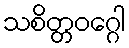
သစိတ္တဝဂ္ဂေါ